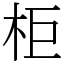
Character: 柜